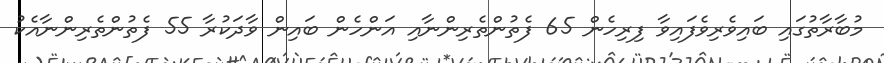
މުބާރާތުގައި ބައިވެރިވެފައިވާ ފިރިހެން 65 ފެތުންތެރިންނާއި އަންހެން ބައިން ވާދަކުރާ 55 ފެތުންތެރިންނާއެކު